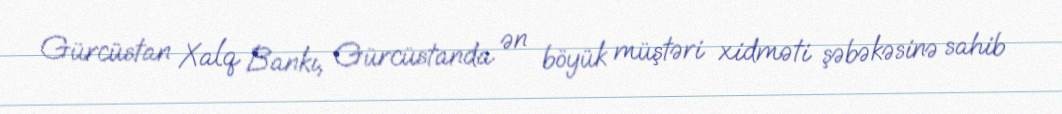
Gürcüstan Xalq Bankı, Gürcüstanda ən böyük müştəri xidməti şəbəkəsinə sahib